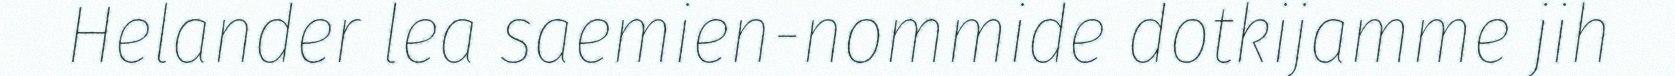
Helander lea saemien-nommide dotkijamme jih